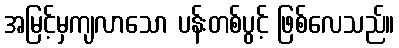
အမြင့်မှကျလာသော ပန်းတစ်ပွင့် ဖြစ်လေသည်။